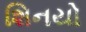
શિનયો